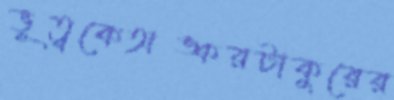
ভূত্বকেঅঙ্করটাকুরের